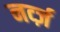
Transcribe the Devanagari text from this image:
नर्व्ज़